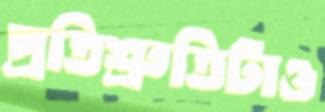
প্রতিশ্রুতিটাও